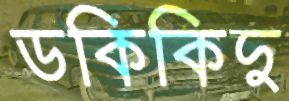
ডকিকিদু